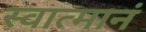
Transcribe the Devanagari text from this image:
स्वात्मानं